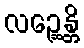
လဉ္ဆေန္တိ